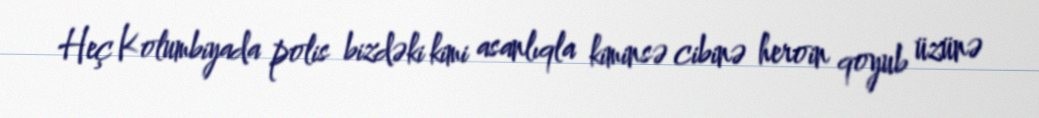
Heç Kolumbiyada polis bizdəki kimi asanlıqla kiminsə cibinə heroin qoyub üzünə